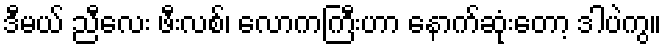
ဒီမယ် ညီလေး ဖီးလစ်၊ လောကကြီးဟာ နောက်ဆုံးတော့ ဒါပဲကွ။